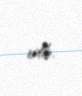
edib.